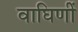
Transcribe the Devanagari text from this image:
वाघिणीं